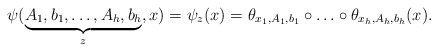
\begin{gather*}\psi(\underbrace{A_1,b_1,\ldots ,A_h,b_h}_z,x)=\psi_z(x)=\theta_{x_1,A_1,b_1}\circ\ldots\circ\theta_{x_h,A_h,b_h}(x).\end{gather*}